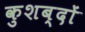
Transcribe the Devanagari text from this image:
कुशब्दों